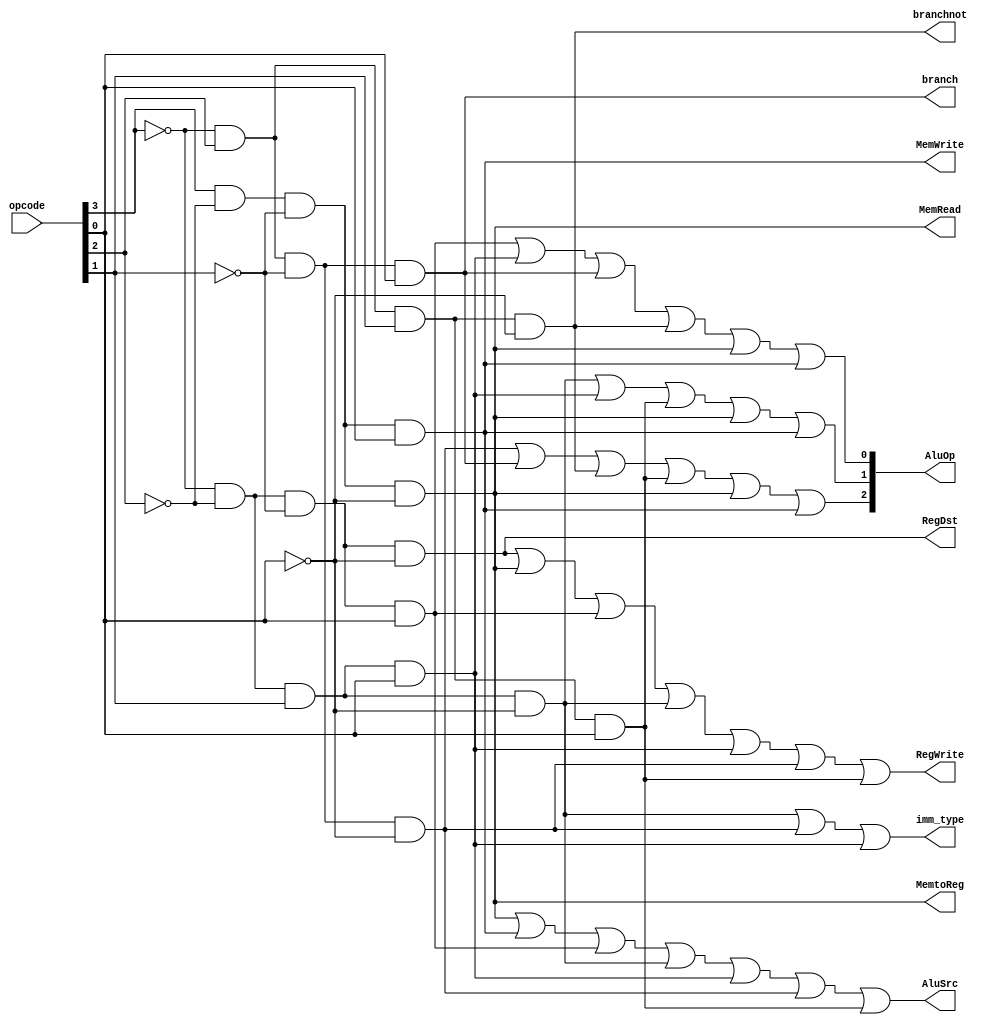
module main_control(opcode, branch, branchnot, imm_type, AluSrc, AluOp, MemRead, MemWrite, RegWrite, RegDst, MemtoReg);

input[3:0] opcode;
output [2:0] AluOp;
// ? Jump gerekli mi degil mi ?
// normalinde yok
output branch, branchnot, imm_type, AluSrc, MemRead, MemWrite, RegWrite, RegDst, MemtoReg;

wire nop0, nop1, nop2, nop3;
wire r, lw, sw, addi, andi, ori, nori, stli;

not not_op_0(nop0, opcode[0]);
not not_op_1(nop1, opcode[1]);
not not_op_2(nop2, opcode[2]);
not not_op_3(nop3, opcode[3]);


and R(r, nop3, nop2, nop1, nop0);
and Lw(lw, opcode[3], nop2, nop1, nop0);
and Sw(sw, opcode[3], nop2, nop1, opcode[0]);
and Beq(branch, nop3, opcode[2], nop1, opcode[0]);
and Bne(branchnot, nop3, opcode[2], opcode[1], nop0);
and Addi(addi, nop3, nop2, nop1, opcode[0]);
and Andi(andi, nop3, nop2, opcode[1], nop0);
and Ori(ori, nop3, nop2, opcode[1], opcode[0]);
and Nori(nori, nop3, opcode[2], nop1, nop0);
and Slti(stli, nop3, opcode[2], opcode[1], opcode[0]);


// AluOp
or Op0(AluOp[0], addi, ori, branch, branchnot, lw, sw);
or Op1(AluOp[1], andi, ori, stli, lw, sw);
or Op2(AluOp[2], nori, branch, branchnot, stli, lw, sw);

and memtoreg(MemtoReg, lw, 1'b1);
and memread(MemRead, lw, 1'b1);
and memwrite(MemWrite, sw, 1'b1);
and regdst(RegDst, r, 1'b1);
//or Branch(branch, beq, bne);
or regwrite(RegWrite, r, lw, addi, andi, ori, nori, stli);
or alusrc(AluSrc, lw, sw, addi, andi, ori, nori, stli);
or ImmType(imm_type, andi, nori, ori);

endmodule